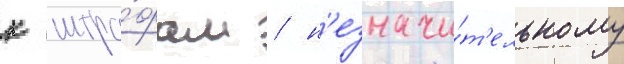
к штра́фам / н'езначи́т'ельному